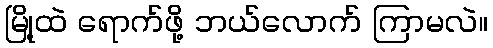
မြို့ထဲ ရောက်ဖို့ ဘယ်လောက် ကြာမလဲ။